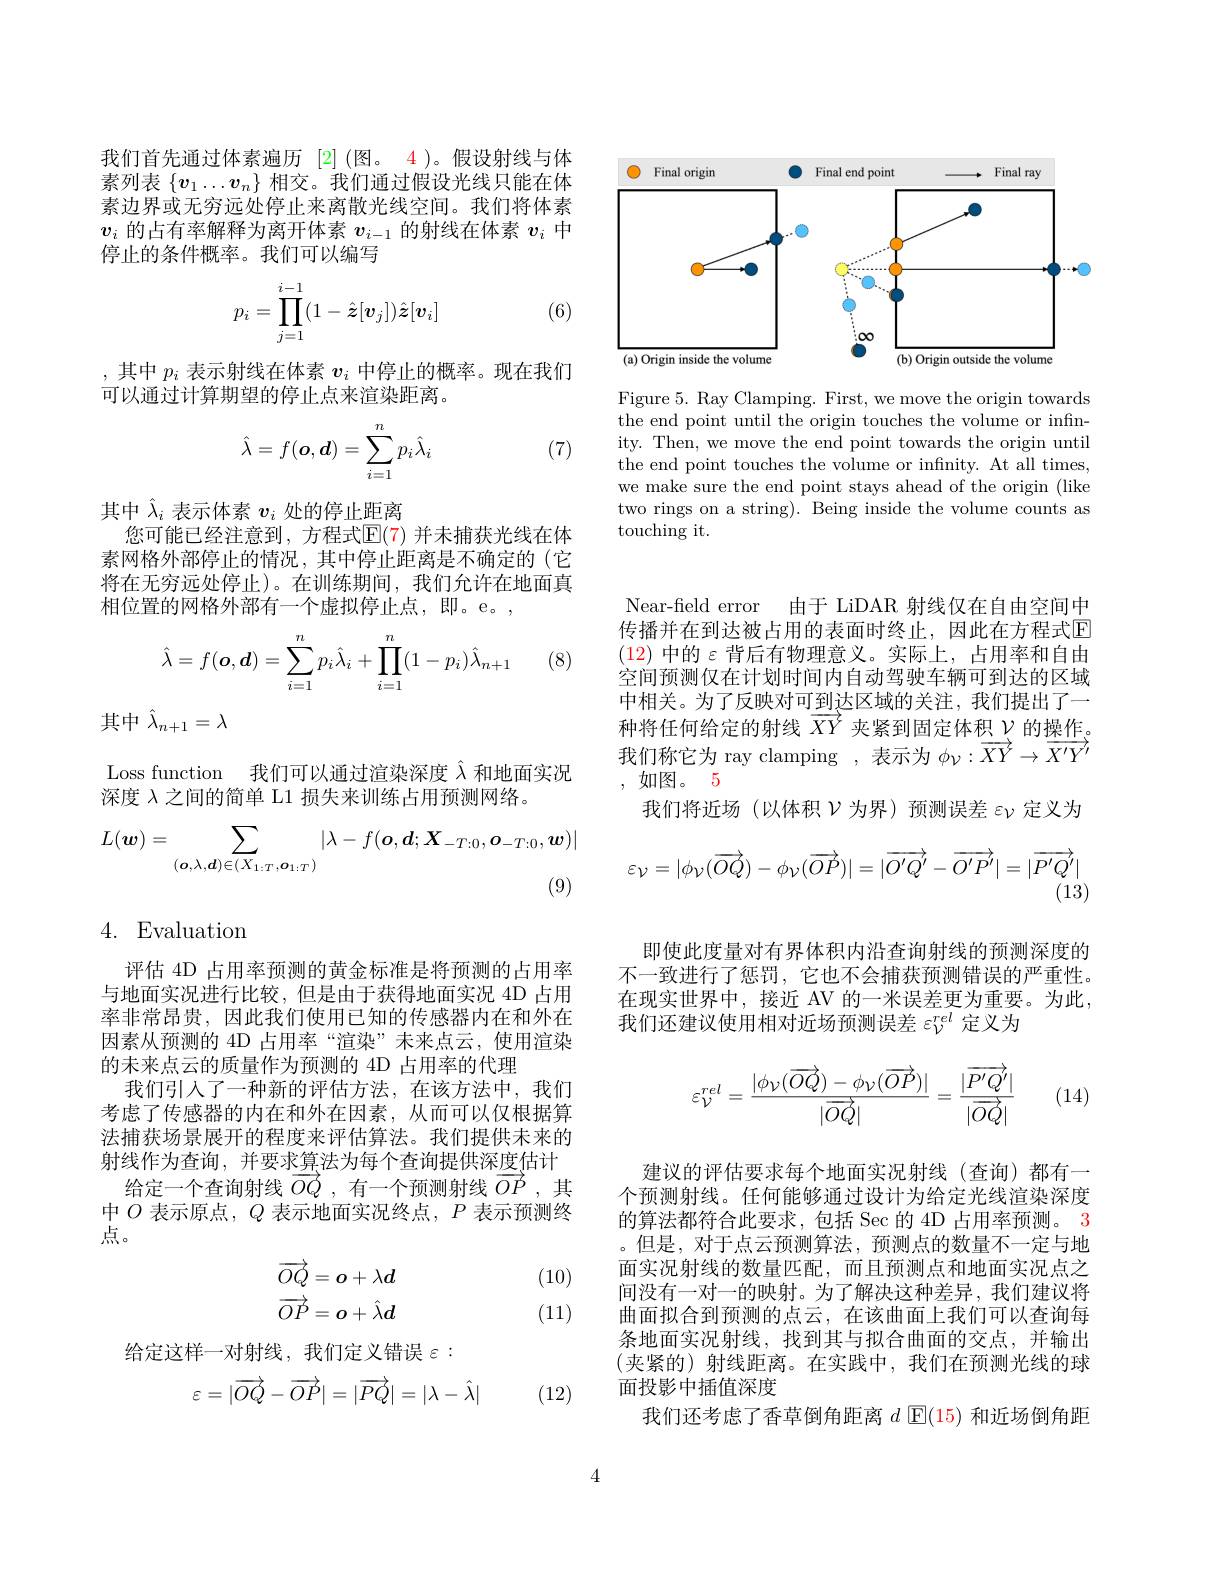
<FigureHere>

Figure 5. Ray Clamping. First, we move the origin towards the end point until the origin touches the volume or infinity. Then, we move the end point towards the origin until the end point touches the volume or infinity. At all times, we make sure the end point stays ahead of the origin (like two rings on a string). Being inside the volume counts as touching it.

我们首先通过体素遍历[2] (图。4)。假设射线与体素列表$\{v_1\ldots v_n\}$相交。我们通过假设光线只能在体素边界或无穷远处停止来离散光线空间。我们将体素$v_i$的占有率解释为离开体素$v_{i-1}$的射线在体素$v_i$中停止的条件概率。我们可以编写
$$p_i=\prod_{j=1}^{i-1}(1-\hat{\boldsymbol{z}}[\boldsymbol{v}_j])\hat{\boldsymbol{z}}[\boldsymbol{v}_i]$$
(6)

其中$p_i$表示射线在体素$v_i$中停止的概率。现在我们
可以通过计算期望的停止点来渲染距离。

(7)
$$\hat\lambda=f(\boldsymbol{o},\boldsymbol{d})=\sum_{i=1}^np_i\hat\lambda_i$$
其中$\hat{\lambda}_i$表示体素$v_i$处的停止距离
您可能已经注意到，方程式$\mathbb{E}(7)$ 并未捕获光线在体素网格外部停止的情况，其中停止距离是不确定的(它将在无穷远处停止)。在训练期间，我们允许在地面真相位置的网格外部有一个虚拟停止点，即。e。,

(8)
$$\hat\lambda=f(\boldsymbol o,\boldsymbol d)=\sum_{i=1}^np_i\hat\lambda_i+\prod_{i=1}^n(1-p_i)\hat\lambda_{n+1}$$
其中$\hat{\lambda}_{n+1}=\lambda$

Loss function 我们可以通过渲染深度$\hat{\lambda}$和地面实况
深度$\lambda$之间的简单 L1 损失来训练占用预测网络。
$$L(\boldsymbol{w})=\sum_{(\boldsymbol{o},\lambda,\boldsymbol{d})\in(X_{1:T},\boldsymbol{o}_{1:T})}|\lambda-f(\boldsymbol{o},\boldsymbol{d};\boldsymbol{X}_{-T:0},\boldsymbol{o}_{-T:0},\boldsymbol{w})|$$
# 4. Evaluation

评估 4D 占用率预测的黄金标准是将预测的占用率与地面实况进行比较，但是由于获得地面实况 4D 占用率非常昂贵，因此我们使用已知的传感器内在和外在因素从预测的 4D 占用率“渲染”未来点云，使用渲染的未来点云的质量作为预测的 4D 占用率的代理
我们引入了一种新的评估方法，在该方法中，我们考虑了传感器的内在和外在因素，从而可以仅根据算法捕获场景展开的程度来评估算法。我们提供未来的射线作为查询，并要求算法为每个查询提供深度估计
给定一个查询射线$\overrightarrow{OQ}$,有一个预测射线$\overrightarrow{OP}$,其中$O$表示原点，$Q$表示地面实况终点，$P$表示预测终点。

(10)
$$\begin{aligned}\overrightarrow{OQ}&=o+\lambda d\\\overrightarrow{OP}&=o+\hat{\lambda}d\end{aligned}$$
(11)

给定这样一对射线，我们定义错误$\varepsilon:$
$$\varepsilon=|\overrightarrow{OQ}-\overrightarrow{OP}|=|\overrightarrow{PQ}|=|\lambda-\hat{\lambda}|$$
(12)

Near-field error 由于 LiDAR 射线仅在自由空间中传播并在到达被占用的表面时终止，因此在方程式$\overline{\mathrm{E}}$ (12) 中的$\varepsilon$ 背后有物理意义。实际上，占用率和自由空间预测仅在计划时间内自动驾驶车辆可到达的区域中相关。为了反映对可到计区域的关注，我们提出了一种将任何给定的射线$\overrightarrow{XY}$夹紧到固定体积$\mathcal{V}$的操作。我们称它为 ray clamping , 表示为$\phi_{\nu}:\overrightarrow{XY}\to\overrightarrow{X^{\prime}Y^{\prime}}$ ,如图。5
我们将近场(以体积$\nu$为界)预测误差$\varepsilon_\mathrm{\nu}$定义为
$$\varepsilon_{\mathcal V}=|\phi_{\mathcal V}(\overrightarrow{OQ})-\phi_{\mathcal V}(\overrightarrow{OP})|=|\overrightarrow{O^{\prime}Q^{\prime}}-\overrightarrow{O^{\prime}P^{\prime}}|=|\overrightarrow{P^{\prime}Q^{\prime}}|$$
(13)

即使此度量对有界体积内沿查询射线的预测深度的不一致进行了惩罚，它也不会捕获预测错误的严重性。在现实世界中，接近 AV 的一米误差更为重要。为此， 我们还建议使用相对近场预测误差$\varepsilon_{\nu}^{rel}$定义为
$$\varepsilon_{\mathcal{V}}^{rel}=\frac{|\phi_{\mathcal{V}}(\overrightarrow{OQ})-\phi_{\mathcal{V}}(\overrightarrow{OP})|}{|\overrightarrow{OQ}|}=\frac{|\overrightarrow{P'Q'}|}{|\overrightarrow{OQ}|}$$
(14)

建议的评估要求每个地面实况射线(查询)都有一个预测射线。任何能够通过设计为给定光线渲染深度的算法都符合此要求，包括 Sec 的 4D 占用率预测。3 。但是，对于点云预测算法，预测点的数量不一定与地面实况射线的数量匹配，而且预测点和地面实况点之间没有一对一的映射。为了解决这种差异，我们建议将曲面拟合到预测的点云，在该曲面上我们可以查询每条地面实况射线，找到其与拟合曲面的交点，并输出(夹紧的)射线距离。在实践中，我们在预测光线的球面投影中插值深度
我们还考虑了香草倒角距离$d$ $\mathbb{E}(15)$ 和近场倒角距

4